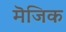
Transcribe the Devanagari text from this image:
मॆजिक